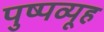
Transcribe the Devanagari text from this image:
पुष्पव्यूह